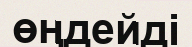
өңдейді